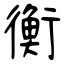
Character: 衡